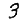
Digit: 3